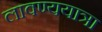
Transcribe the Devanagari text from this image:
लावण्ययात्रा